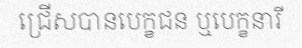
ជ្រើសបានបេក្ខជន ឬបេក្ខនារី